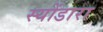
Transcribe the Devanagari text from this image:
स्योंडारा